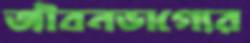
জীবনভাগ্যের